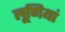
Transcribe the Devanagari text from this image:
लूणियां